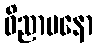
ဝိညာပနော